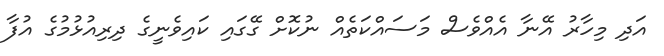
އަދި މިހާރު އޭނާ އެއްވެސް މަސައްކަތެއް ނުކޮށް ގޭގައި ކައިވެނީގެ ދިރިއުޅުމުގެ އުފާ